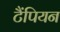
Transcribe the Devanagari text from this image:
टैंपियन